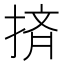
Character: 㨈